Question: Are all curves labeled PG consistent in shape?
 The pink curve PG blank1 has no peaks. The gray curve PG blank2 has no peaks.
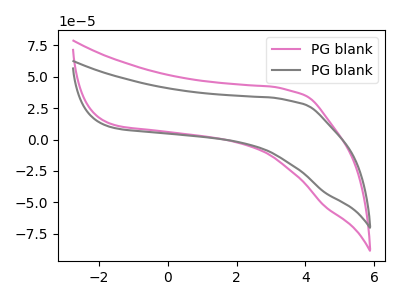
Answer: <think>Neither "PG blank1" or "PG blank2" have any peaks.
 </think>
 <answer>All the CV's of "PG" have similar shape.</answer>
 <eval>follow_rule</eval>